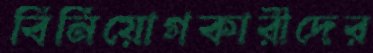
বিনিয়োগকারীদের